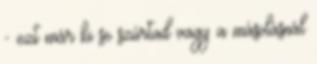
- ezt már ki se szúrtad vagy a másolásnál